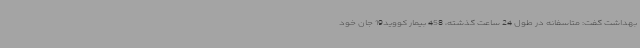
بهداشت گفت: متاسفانه در طول 24 ساعت گذشته، 458 بیمار کووید19 جان خود